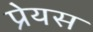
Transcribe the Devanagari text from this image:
प्रेयस